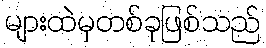
များထဲမှတစ်ခုဖြစ်သည်